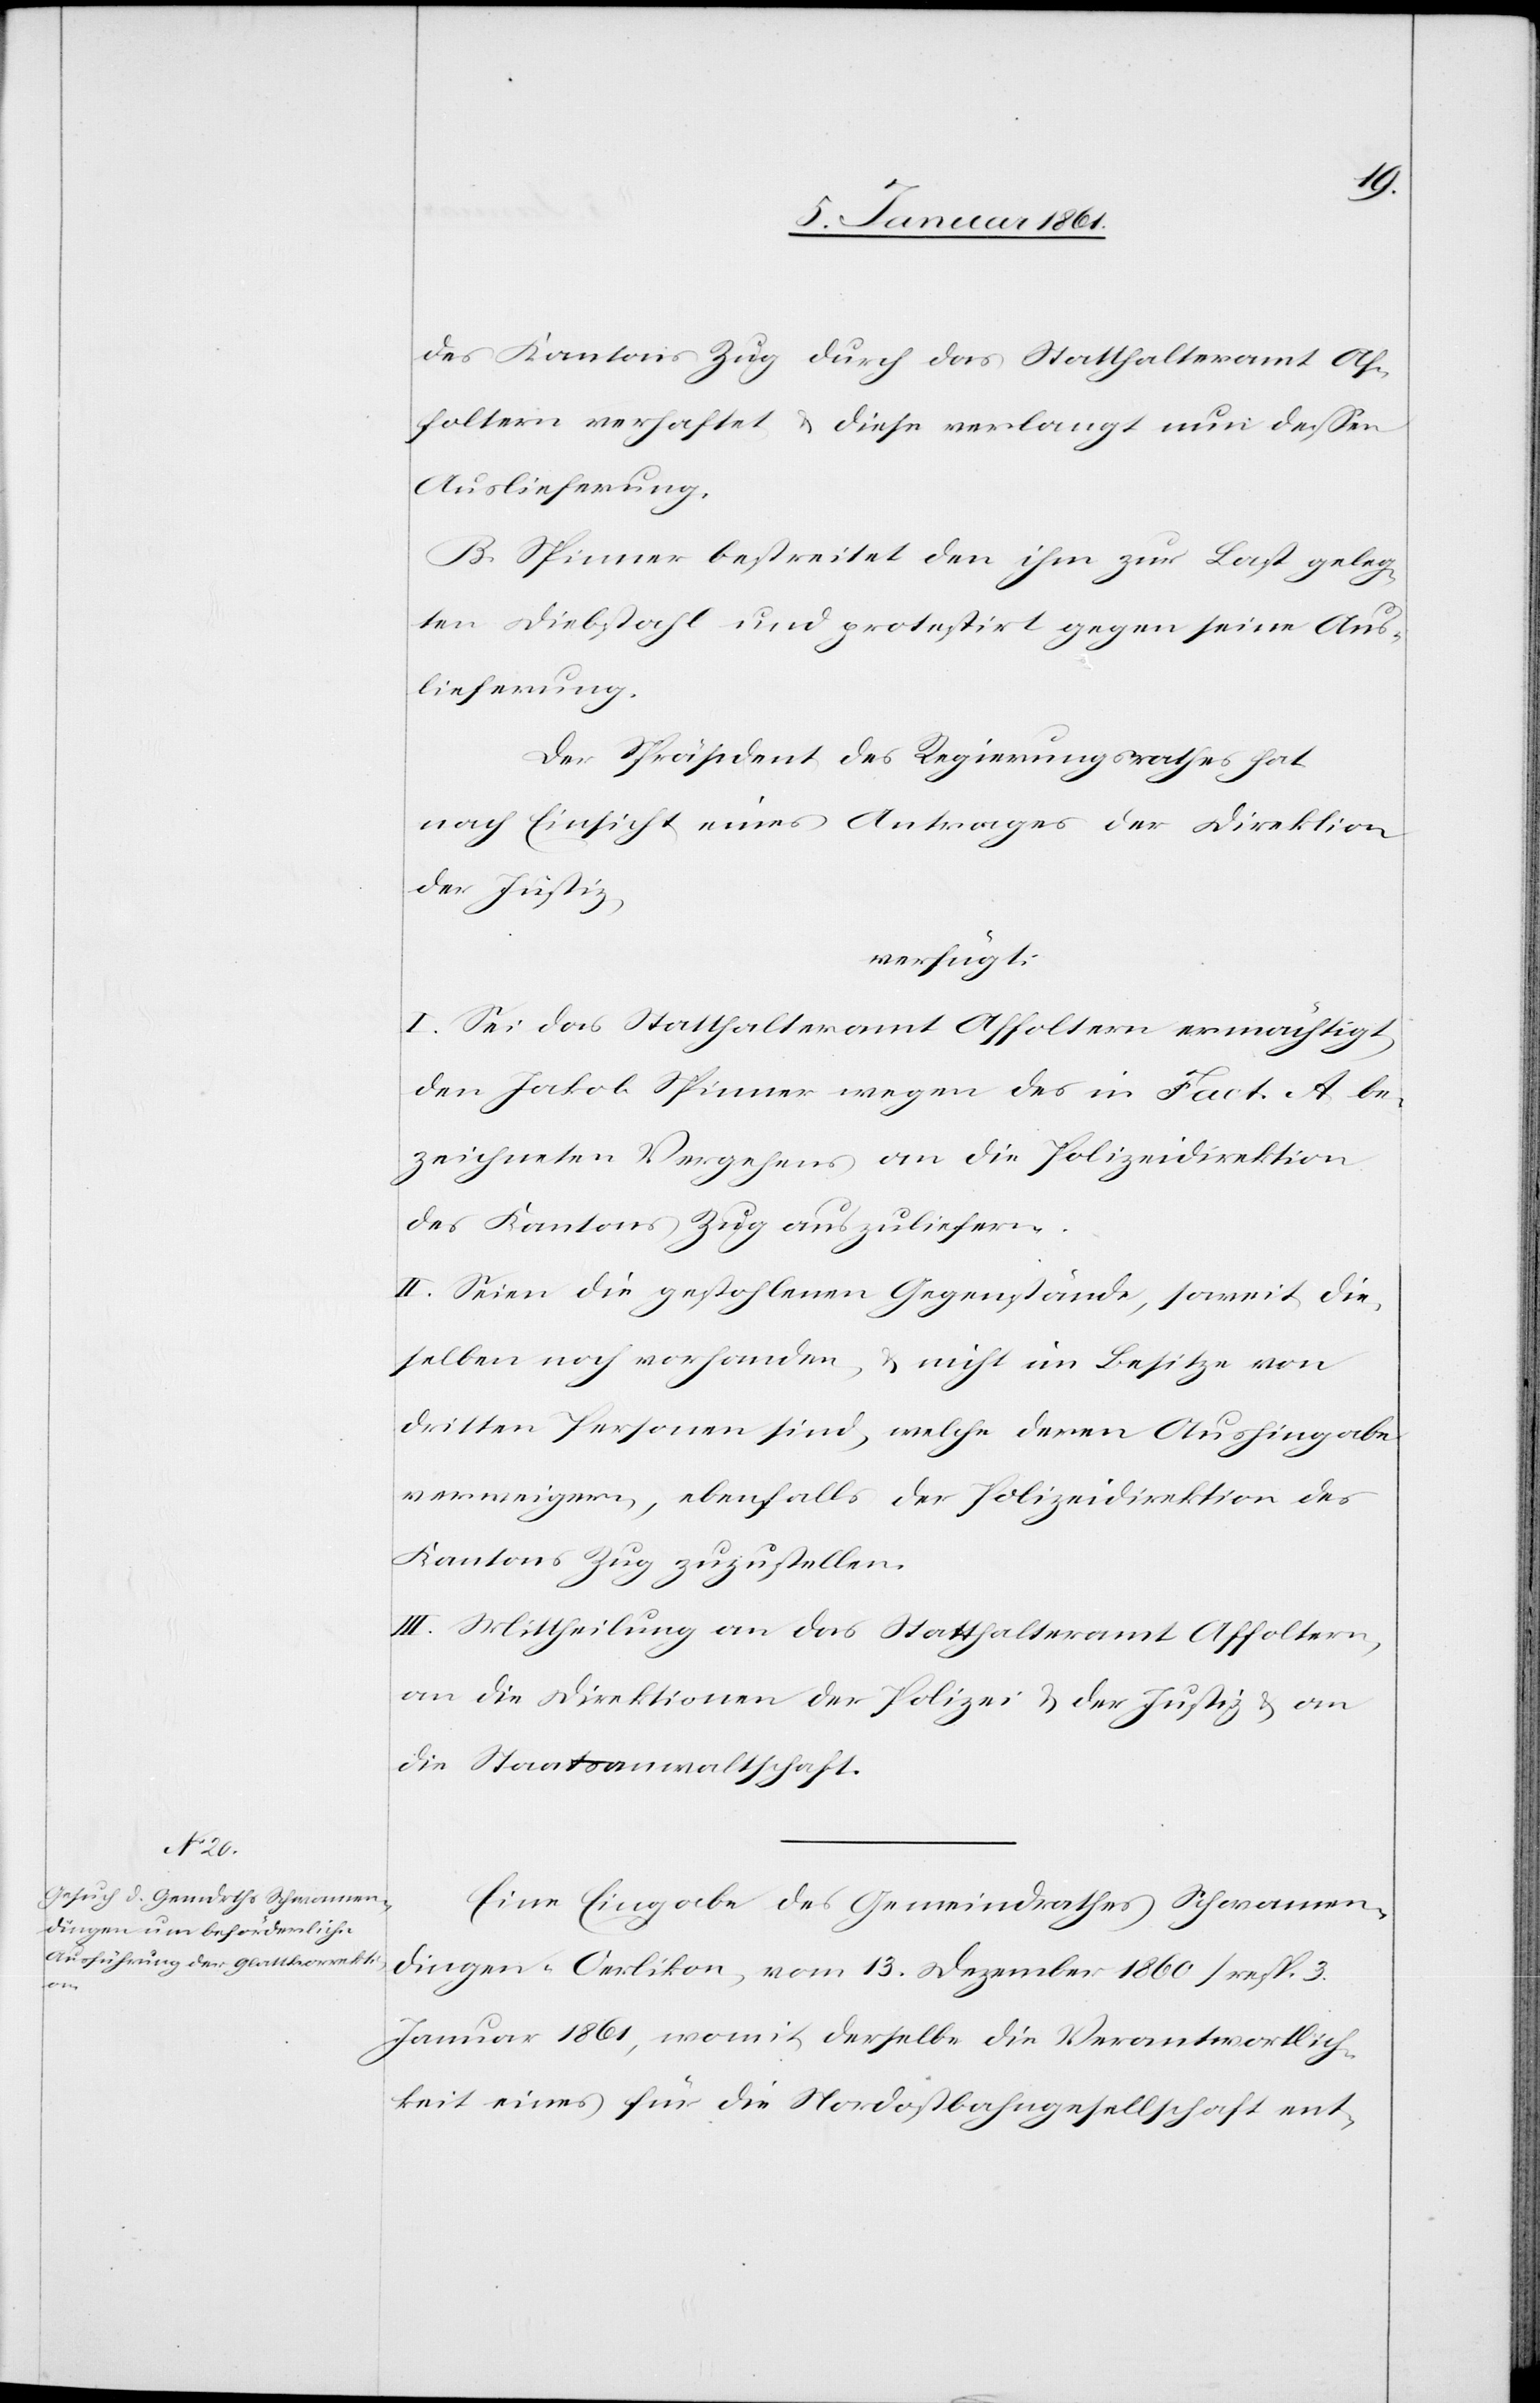
7. Januar 1861.]
des Kantons Zug durch das Statthalteramt Af¬
foltern verhaftet u. diese verlangt nun dessen
Auslieferung.
B. Spinner bestreitet den ihm zur Last geleg¬
ten Diebstahl und protestirt gegen seine Aus¬
lieferung.
Der Präsident des Regierungsrathes hat
nach Einsicht eines Antrages der Direktion
der Justiz,
verfügt:
I. Sei das Statthalteramt Affoltern ermächtigt,
den Jakob Spinner wegen des in Fact. A. be¬
zeichneten Vergehens an die Polizeidirektion
des Kantons Zug abzuliefern.
II. Seien die gestohlenen Gegenstände, soweit die¬
selben noch vorhanden u. nicht im Besitze von
dritten Personen sind, welche deren Aushingabe
verweigern, ebenfalls der Polizeidirektion des
Kantons Zug zuzustellen.
III. Mittheilung an das Statthalteramt Affoltern,
an die Direktionen der Polizei u. der Justiz u. an
die Staatsanwaltschaft.
Eine Eingabe des Gemeindrathes Schwammen¬
dingen-Oerlikon, vom 13. Dezember 1860 / resp. 3.
Januar 1861, womit derselbe die Verantwortlich¬
keit eines für die Nordostbahngesellschaft ent-